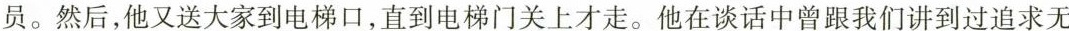
员。然后，他又送大家到电梯，直到电梯门关上才走。他在谈话中曾跟我们讲到过追求无